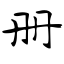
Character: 册